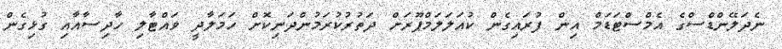
ނެދަލޭންޑްސްގެ އެމްސްޓަޑަމް އިން ފުރައިގެން ކުއަލަލަމްޕޫރަށް ދަތުރުކުރަމުންދަނިކޮށް ހަމަލާދީ ވައްޓާލި ހާދިސާއާއި ގުޅިގެން